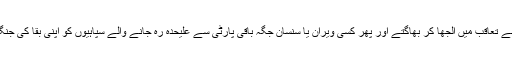
سپاہیوں کو اپنے تعاقب میں الجھا کر بھاگتے اور پھر کسی ویران یا سنسان جگہ باقی پارٹی سے علیحدہ رہ جانے والے سپاہیوں کو اپنی بقا کی جنگ کرنی پڑتی۔